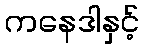
ကနေဒါနှင့်